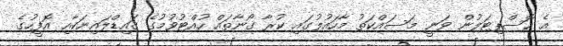
އެ ހޮސްޕިޓަލުން ވަނީ މަސައްކަތު މާހައުލުގައި ކުރާ ގޯނާތައް ހުއްޓުވުމުގެ ގައިޑްލައިނަކާއި އޮފީހުގެ